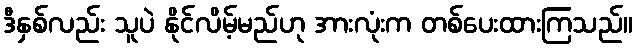
ဒီနှစ်လည်း သူပဲ နိုင်လိမ့်မည်ဟု အားလုံးက တစ်ပေးထားကြသည်။